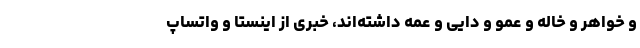
و خواهر و خاله و عمو و دایی و عمه داشته‌اند، خبری از اینستا و واتساپ